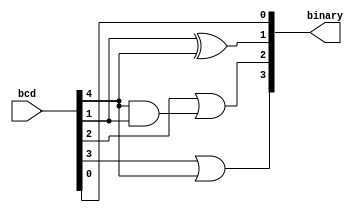
`timescale 1ns / 1ps


//Implementaion of BCD to Binary by using DataFlow Modelling
module bcd_to_binary(
    input [7:0] bcd,
    output [3:0] binary
    );
             assign binary[0]=bcd[0];//z=d 
             assign binary[1]=bcd[1]^bcd[4];//y=c^h 
             assign binary[2]=bcd[2]|(bcd[4]&bcd[1]);//x=b+hc 
             assign binary[3]=bcd[3]|bcd[4];//w=a+h 
     endmodule //bcd_to_binary